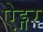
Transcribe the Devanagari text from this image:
ऐड्गर